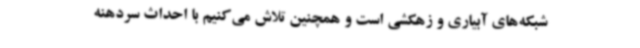
شبکه‌های آبیاری و زهکشی است و همچنین تلاش می‌کنیم با احداث سردهنه